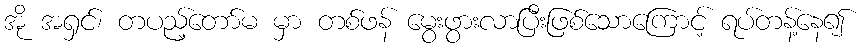
အို အရှင်၊ တပည့်တော်မ မှာ တစ်ဖန် မွေးဖွားလာပြီးဖြစ်သောကြောင့် ရပ်တန့်နေ၍